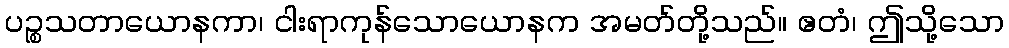
ပဉ္စသတာယောနကာ၊ ငါးရာကုန်သောယောနက အမတ်တို့သည်။ ဧတံ၊ ဤသို့သော